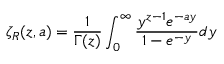
\zeta _ { R } ( z , a ) = { \frac { 1 } { \Gamma ( z ) } } \int _ { 0 } ^ { \infty } { \frac { y ^ { z - 1 } e ^ { - a y } } { 1 - e ^ { - y } } } d y